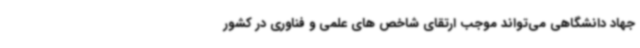
جهاد دانشگاهی می‌تواند موجب ارتقای شاخص های علمی و فناوری در کشور